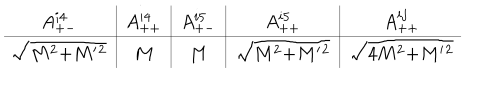
LaTeX: { \renewcommand { \arraystretch } { 1 . 3 } \begin{array} { c | c | c | c | c } { { A _ { + - } ^ { i 4 } } } & { { A _ { + + } ^ { i 4 } } } & { { A _ { + - } ^ { i 5 } } } & { { A _ { + + } ^ { i 5 } } } & { { A _ { + + } ^ { i j } } } \\ \hline { { \sqrt { M ^ { 2 } { + } M ^ { \prime } { } ^ { 2 } } } } & { { M } } & { { M } } & { { \sqrt { M ^ { 2 } { + } M ^ { \prime } { } ^ { 2 } } } } & { { \sqrt { 4 M ^ { 2 } { + } M ^ { \prime } { } ^ { 2 } } } } \\ \end{array} }